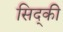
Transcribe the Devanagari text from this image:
सिद्की